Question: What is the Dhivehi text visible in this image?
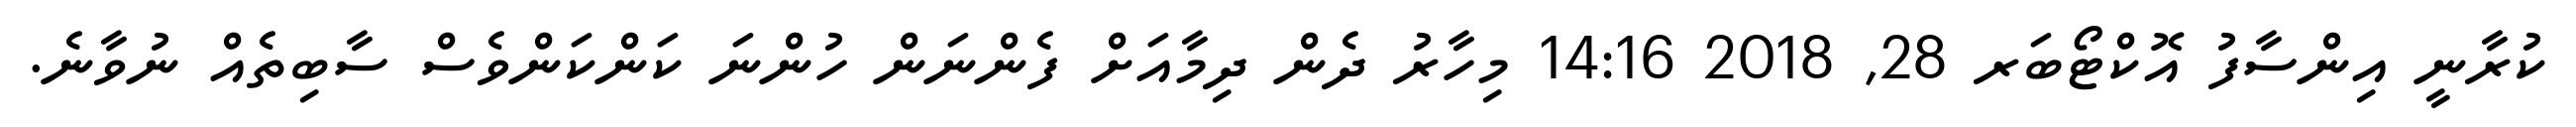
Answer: ކުރާނީ އިންސާފު އޮކްޓޯބަރ 28, 2018 14:16 މިހާރު ދެން ދިމާއަށް ފެންނަން ހުންނަ ކަންކަންވެސް ސާބިތެއް ނުވާނެ.